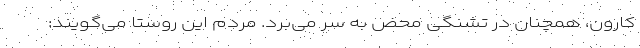
کارون، همچنان در تشنگی محض به سر می‌برد. مردم این روستا می‌گویند: